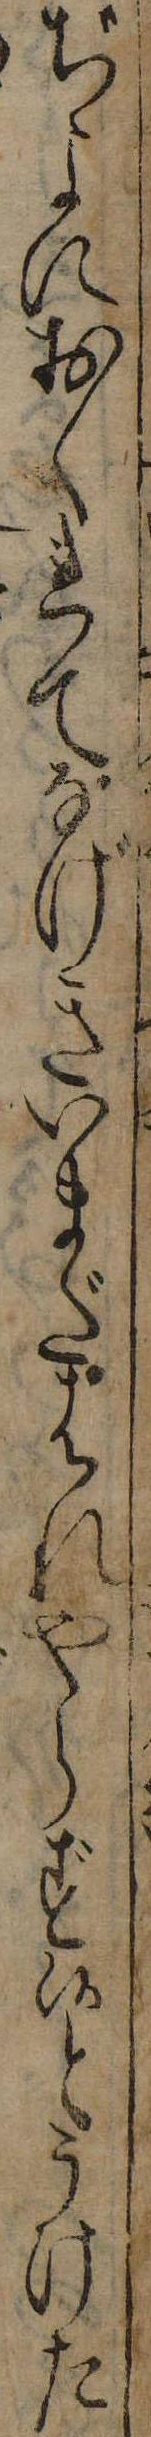
ぢよにおくれてなげきいまだはれやらず候とうけた